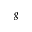
_ g